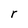
Character: r